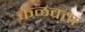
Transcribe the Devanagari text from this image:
कळवता